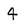
Character: 4